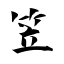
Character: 笠